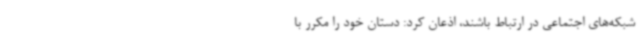
شبکه‌های اجتماعی در ارتباط باشند، اذعان کرد: دستان خود را مکرر با